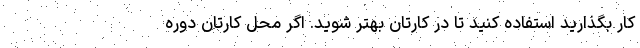
کار بگذارید استفاده کنید تا در کارتان بهتر شوید. اگر محل کارتان دوره